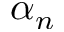
\alpha _ { n }